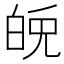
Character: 𤽪